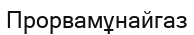
Прорвамұнайгаз